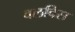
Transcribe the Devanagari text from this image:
वलविस